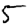
Digit: 5